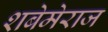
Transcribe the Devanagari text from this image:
शबेमेराज